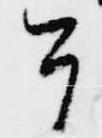
今